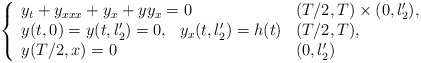
\begin{align*}\left\{\begin{array}{ll}y_t+y_{xxx}+y_x +yy_x =0 & (T/2,T)\times (0,l_2'),\\y(t,0)=y(t,l_2')=0,\ \ y_x(t,l_2')=h(t) & (T/2,T),\\ y(T/2,x)=0 & (0,l_2')\end{array}\right.\end{align*}